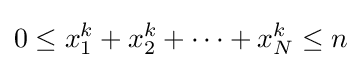
0\leq x_{1}^{k}+x_{2}^{k}+\cdots +x_{N}^{k}\leq n